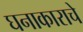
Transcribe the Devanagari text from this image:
घनाकाराचे